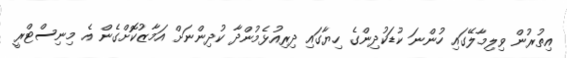
އިތުރުން ވިލިމާލޭގައި ހުންނަ ކުޑަކުދިންގެ ހިޔާގައި ދިރިއުޅެމުންދާ ކުދިންނަށް އަމާޒުކޮށްގެން އެ މިނިސްޓްރީ